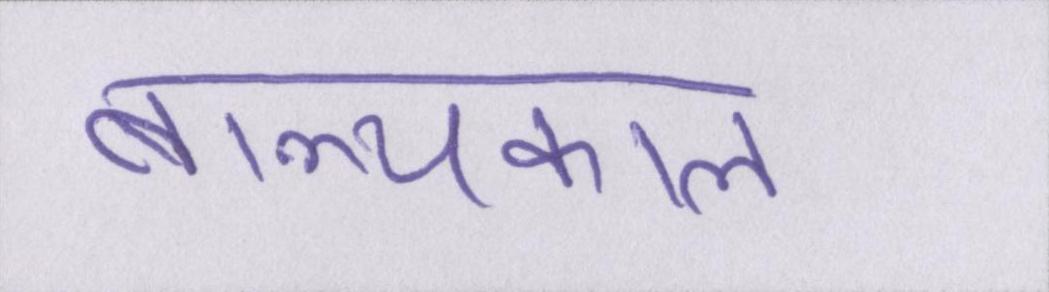
बाल्यकाल